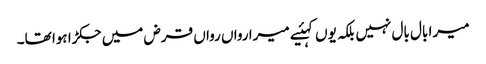
میرا بال بال نہیں بلکہ یوں کہئیے میرا رواں رواں قرض میں جکڑا ہوا تھا۔